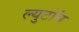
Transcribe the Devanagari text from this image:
ल्युटॉन